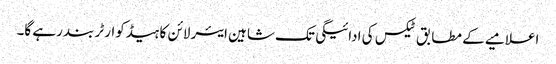
اعلامیے کے مطابق ٹیکس کی ادائیگی تک شاہین ایئر لائن کا ہیڈکوارٹر بند رہے گا۔